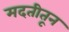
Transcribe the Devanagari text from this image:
मदतीतून